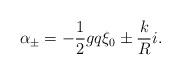
LaTeX: \begin{align*}\alpha_\pm = - {1 \over 2}gq\xi_0 \pm {k \over R }i.\end{align*}